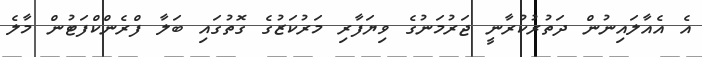
އެ އެއާލައިނުން ދަތުރުކުރާނީ ޖަރުމަނުގެ ވިޔަފާރި މަރުކަޒުގެ ގޮތުގައި ބަލާ ފްރެންކްފަޓުން މާލެ